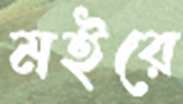
মইরে